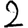
Digit: 2